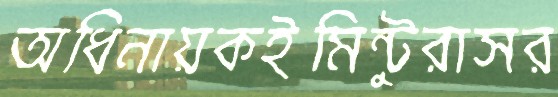
অধিনায়কইমিন্টুরাসর